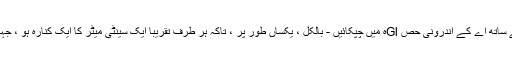
12. چپکے ہوئے علاقے کے ساتھ اے کے اندرونی حص Glہ میں چپکائیں - بالکل ، یکساں طور پر ، تاکہ ہر طرف تقریبا ایک سینٹی میٹر کا ایک کنارہ ہو ، جہاں آپ A کا رنگ دیکھ سکیں۔